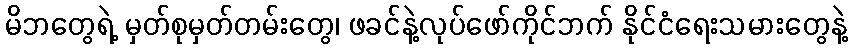
မိဘတွေရဲ့ မှတ်စုမှတ်တမ်းတွေ၊ ဖခင်နဲ့လုပ်ဖော်ကိုင်ဘက် နိုင်ငံရေးသမားတွေနဲ့